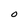
Character: O